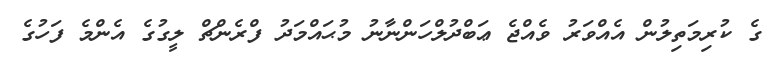
ގެ ކުރިމަތިލުން އެއްވަރު ވެއްޖެ ޢަބްދުލްހަންނާނު މުޙައްމަދު ފްރެންޗް ލީގުގެ އެންމެ ފަހުގެ